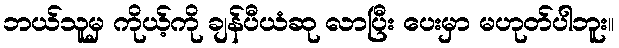
ဘယ်သူမှ ကိုယ့်ကို ချန်ပီယံဆု လာပြီး ပေးမှာ မဟုတ်ပါဘူး။